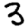
Digit: 3